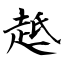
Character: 趆